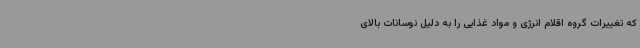
که تغییرات گروه اقلام انرژی و مواد غذایی را به دلیل نوسانات بالای